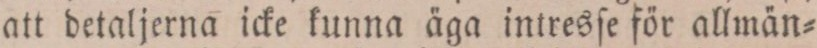
att detaljerna icke kunna äga intresſe för allmän=